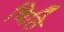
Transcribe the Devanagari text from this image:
चिठि